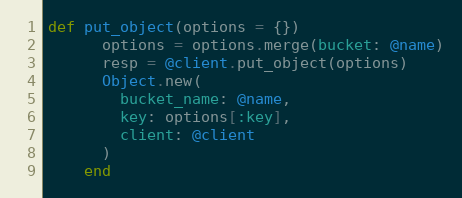
Language: Ruby
def put_object(options = {})
      options = options.merge(bucket: @name)
      resp = @client.put_object(options)
      Object.new(
        bucket_name: @name,
        key: options[:key],
        client: @client
      )
    end